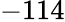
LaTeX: -114